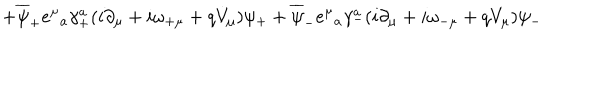
LaTeX: + \overline { { { \psi } } } _ { + } e ^ { \mu } { } _ { a } \gamma _ { + } ^ { a } ( i \partial _ { \mu } + i \omega _ { + \mu } + q V _ { \mu } ) \psi _ { + } + \overline { { { \psi } } } _ { - } e ^ { \mu } { } _ { a } \gamma _ { - } ^ { a } ( i \partial _ { \mu } + i \omega _ { - \mu } + q V _ { \mu } ) \psi _ { - }